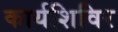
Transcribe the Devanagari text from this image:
कार्यशिविर